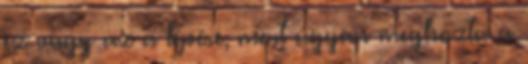
ez vagy az a lépése, mert ugyan meghozta a